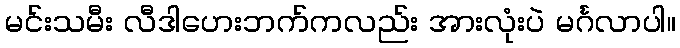
မင်းသမီး လီဒါဟေးဘက်ကလည်း အားလုံးပဲ မင်္ဂလာပါ။